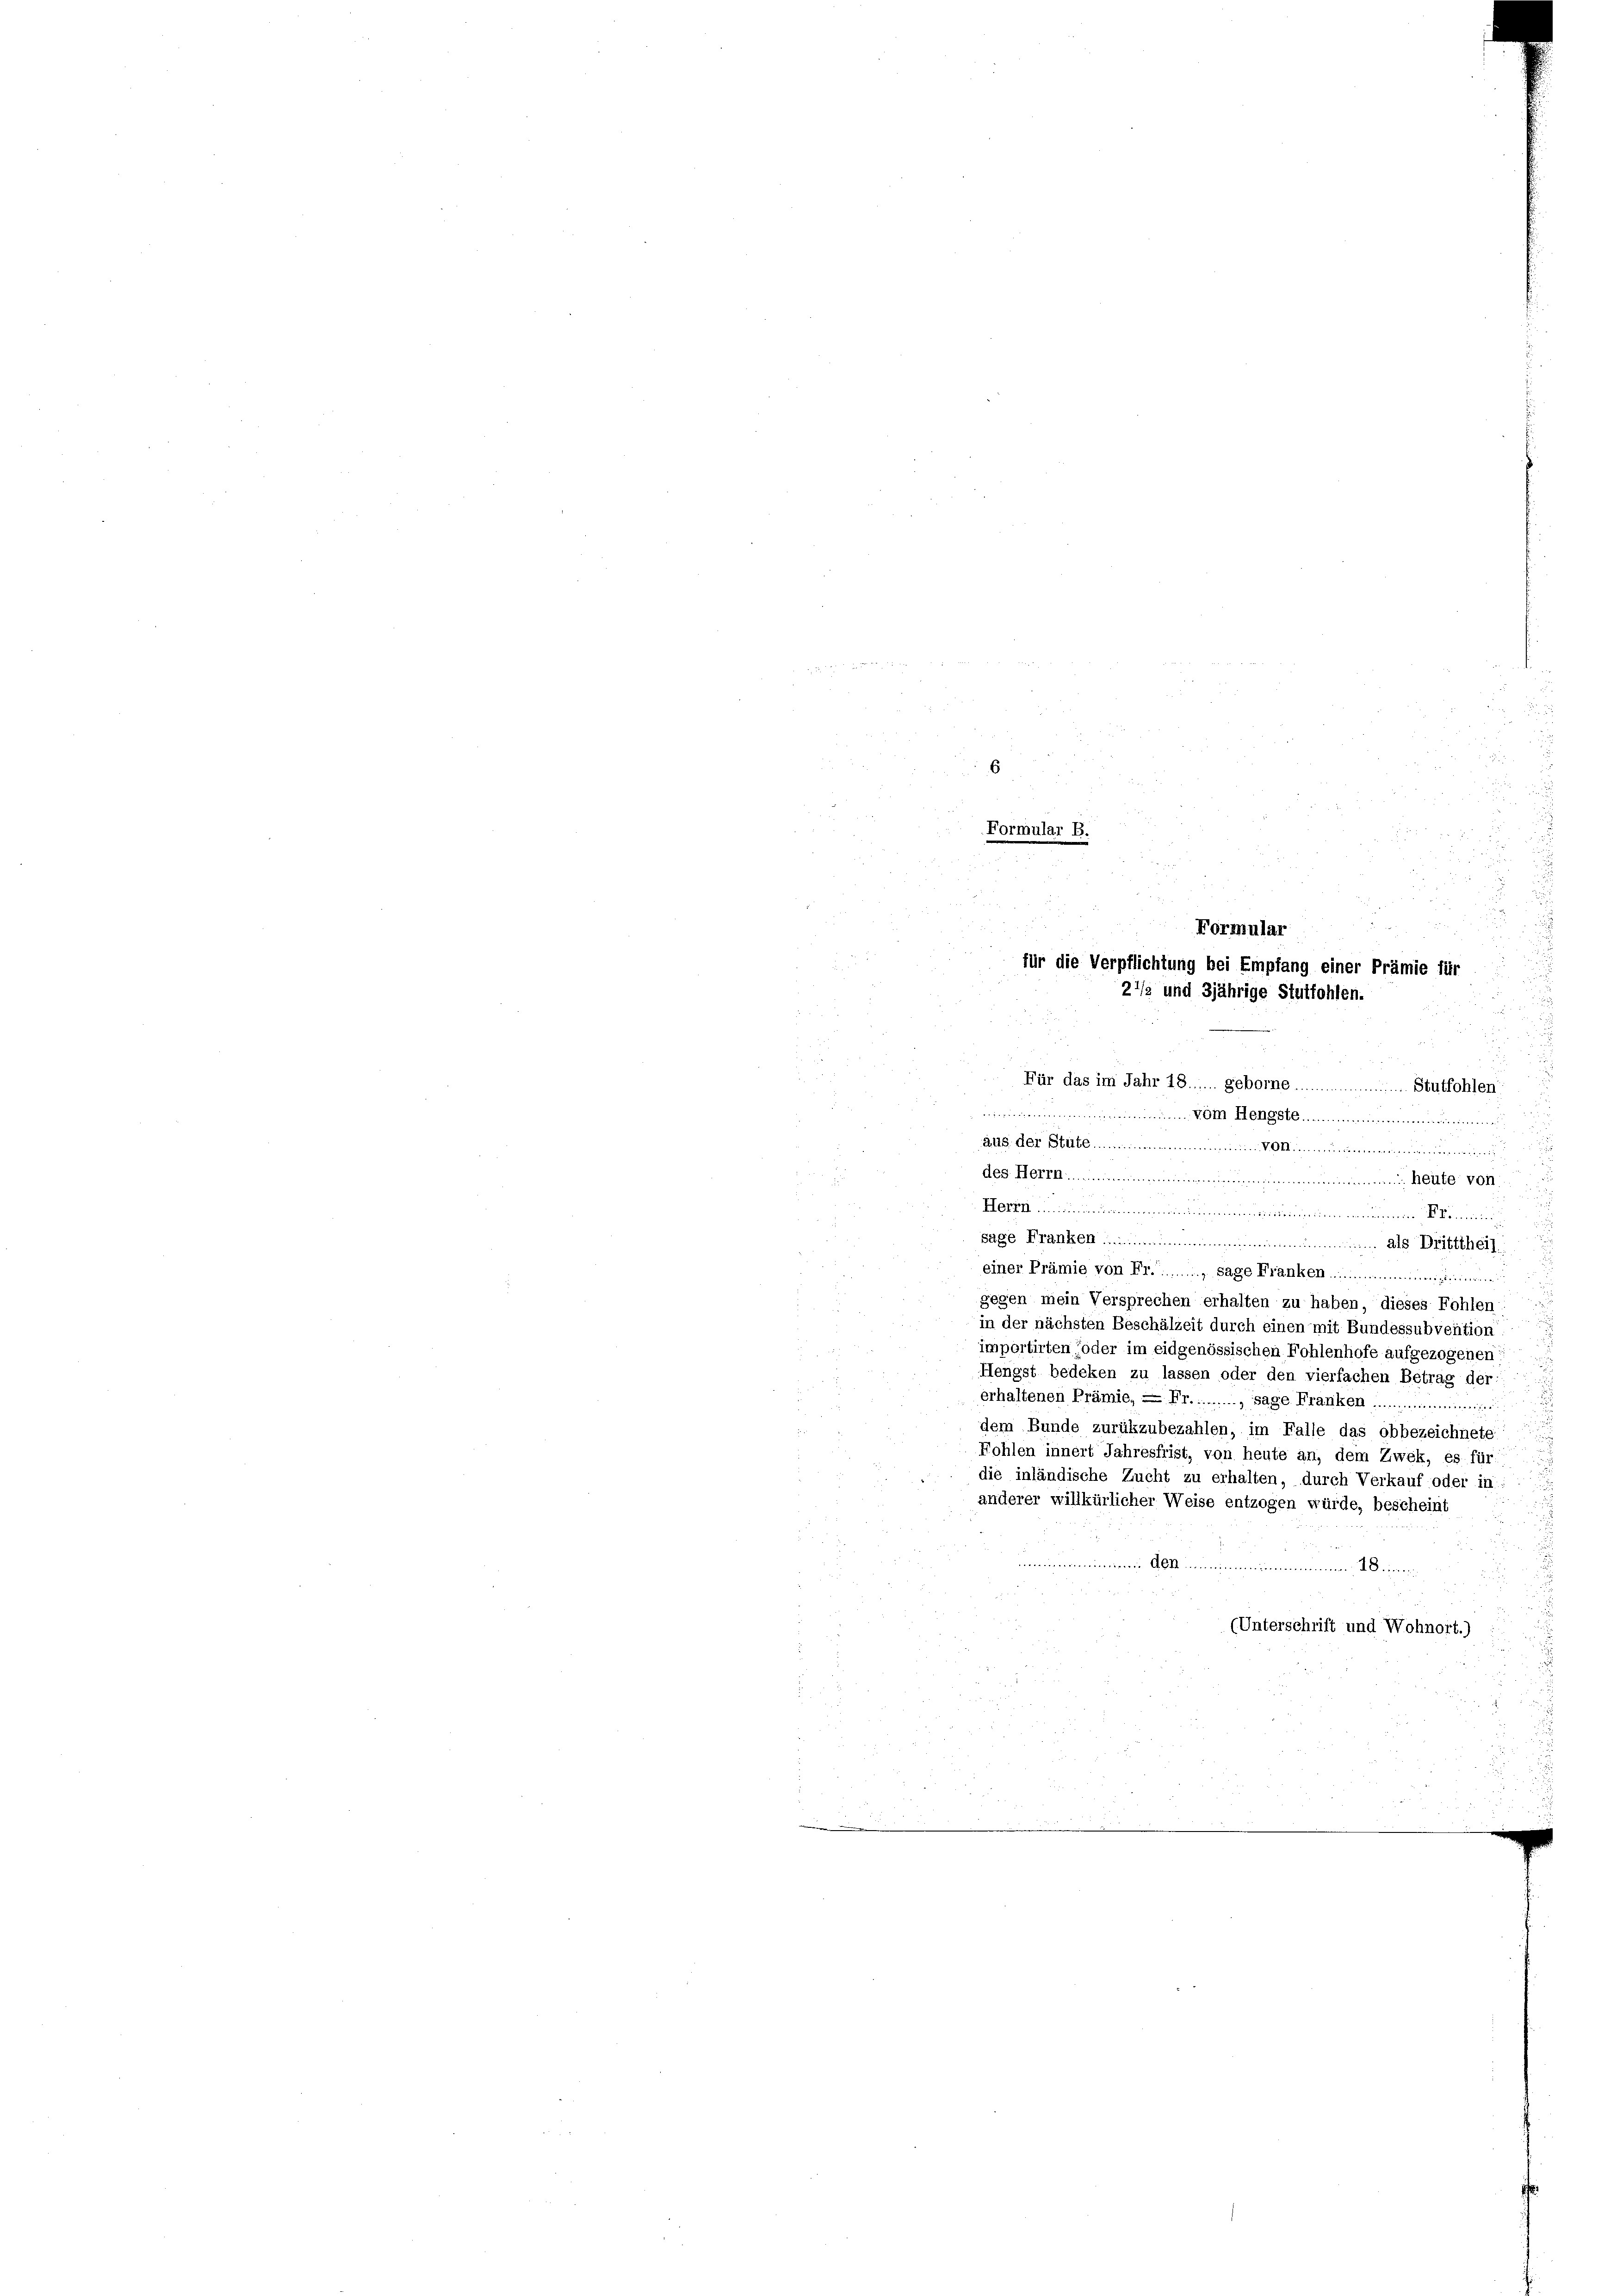
Formular B.

i
Formular
für die Verpflichtung bei Empfang einer Prämie für
21/3 und 3jährige Stutfohlen.
Für das im Jahr 18...... geborne .....
Stutfohlen
..........  Hengste
................

aus der Stube..........................Min.........
des Herrn............................................... Mite von
Herrn ...................

sage Franken ........... als Dritttheil
einer Prämie von Fr........ sage Franken einen
gegen mein Versprechen erhalten zu haben, dieses Fohlen:
in der nächsten Beschälzeit durch einen mit Bundessubvention
importirten (oder im eidgenössischen Fohlenhofe aufgezogenen:
Hengst bedeken zu lassen oder den vierfachen Betrag der:
erhaltenen Prämie, 2 Fr.........., sage Franken.
dem Bunde zurükzubezahlen, im Falle das obbezeichnete:
Hohlen innert Jahresfrist, von heute an, dem Zwek, es für
die inländische Zucht zu erhalten, durch Verkauf oder in:
anderer willkürlicher Weise entzogen würde, bescheint
neren Abt. Minimummiman die
(Unterschrift und Wohnort.)